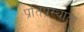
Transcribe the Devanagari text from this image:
प्रतिप्रस्थाता